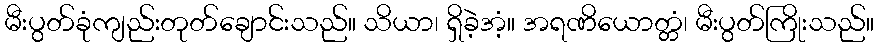
မီးပွတ်ခုံကျည်းတုတ်ချောင်းသည်။ သိယာ၊ ရှိခဲ့အံ့။ အရဏိယောတ္တံ၊ မီးပွတ်ကြိုးသည်။